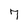
Character: 7